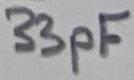
Text: 33pF